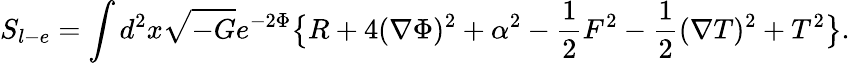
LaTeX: S_{l-e}=\int d^{2}x\sqrt{-G}e^{-2\Phi}\big\{ R+4(\nabla\Phi)^{2}+\alpha^{2}-{\frac{1}{2}}F^{2}-{\frac{1}{2}}(\nabla T)^{2}+T^{2}\big\} .